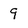
Character: 9